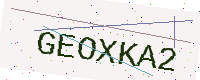
Text: GEOXKA2